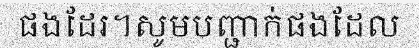
ផងដែរ។សូមបញ្ជាក់ផងដែល